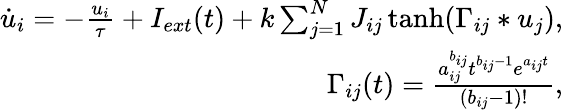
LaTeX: \begin{array}{r}{\dot{u}_{i}=-\frac{u_{i}}{\tau}+I_{ext}(t)+k\sum_{j=1}^{N}J_{ij}\operatorname{tanh}(\Gamma_{ij}*u_{j}),}\\ {\Gamma_{ij}(t)=\frac{a_{ij}^{b_{ij}}t^{b_{ij}-1}e^{a_{ij}t}}{(b_{ij}-1)!},}\end{array}